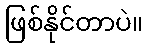
ဖြစ်နိုင်တာပဲ။